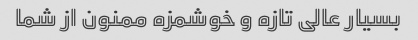
بسیار عالی تازه و خوشمزه ممنون از شما